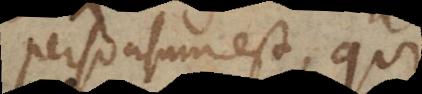
persuasum est, qui